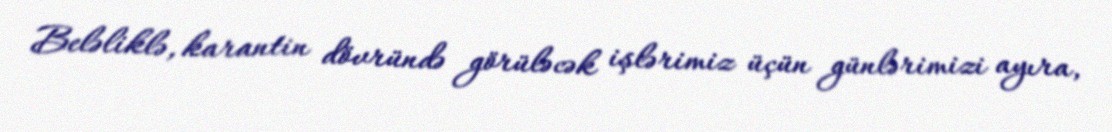
Beləliklə, karantin dövründə görüləcək işlərimiz üçün günlərimizi ayıra,